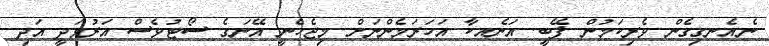
ނެއެނގިގެން ވެރިކަމުން ފޭބީ. އަނެއކާ އަހަރަމެންނަށް މިޖެހެނީ އޭނަގެ ސޯޓުވެސް އަރުވަދީ އަދި